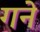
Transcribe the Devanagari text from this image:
गने